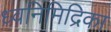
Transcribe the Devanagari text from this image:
ध्वनिमिद्रिका